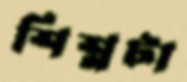
শিশ্নটা